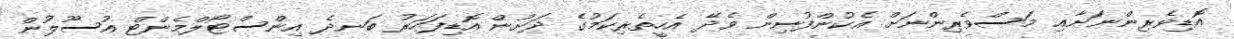
އޮޑިވެރިންނަށާއި މަސްވެރިންނަށް އެކުންފުނިން ވެދޭ އެހީތެރިކަމުގެ ދަށުން އޮޑިފަހަރު ބަނދެ އިންސްޓޯލްމެންޓް އުސޫލުން